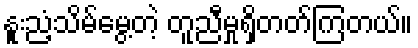
နူးညံ့သိမ်မွေ့တဲ့ တူညီမှုရှိတတ်ကြတယ်။